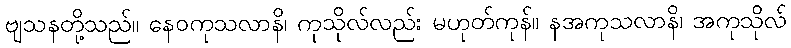
ဗျသနတို့သည်။ နေဝကုသလာနိ၊ ကုသိုလ်လည်း မဟုတ်ကုန်။ နအကုသလာနိ၊ အကုသိုလ်